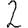
Digit: 2